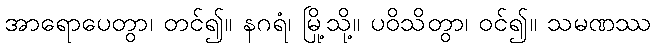
အာရောပေတွာ၊ တင်၍။ နဂရံ၊ မြို့သို့။ ပဝိသိတွာ၊ ဝင်၍။ သမဏဿ